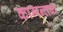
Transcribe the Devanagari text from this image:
कामन्तक